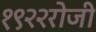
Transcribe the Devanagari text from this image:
१९२२रोजी